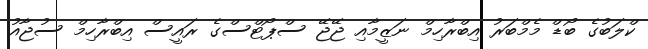
ކްލަބުގެ ބޯޑް މެމްބަރު އިބްރާހިމް ނަޒީމާއި ޖޭޖޭ ސްޕޯޓްސްގެ ރައީސް އިބްރާހިމް ސުޖާއު